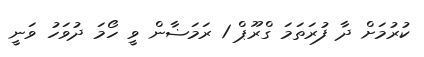
ކުރުމަށް ދާ ފުރަތަމަ ގްރޫޕް 1 ރަމަޟާން ވީ ހޯމަ ދުވަހު ވަނީ